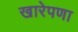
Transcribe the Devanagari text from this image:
खारेपणा